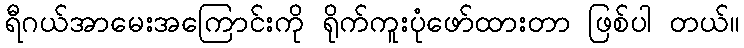
ရီဂယ်အာမေးအကြောင်းကို ရိုက်ကူးပုံဖော်ထားတာ ဖြစ်ပါ တယ်။